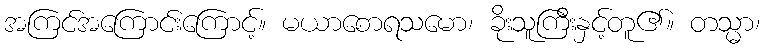
အကြင်အကြောင်းကြောင့်။ မယာစောရသမော၊ ခိုးသူကြီးနှင့်တူ၏။ တသ္မာ၊